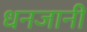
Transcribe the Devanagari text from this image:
धनजानी